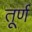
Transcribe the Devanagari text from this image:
तूर्ण